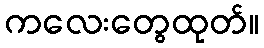
ကလေးတွေထုတ်။